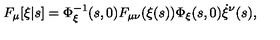
F _ { \mu } [ \xi | s ] = \Phi _ { \xi } ^ { - 1 } ( s , 0 ) F _ { \mu \nu } ( \xi ( s ) ) \Phi _ { \xi } ( s , 0 ) \dot { \xi } ^ { \nu } ( s ) ,